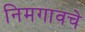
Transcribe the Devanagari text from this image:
निमगावचे